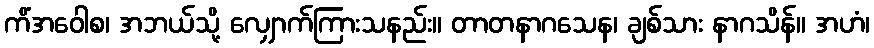
ကိံအဝေါစ၊ အဘယ်သို့ လျှောက်ကြားသနည်း။ တာတနာဂသေန၊ ချစ်သား နာဂသိန်။ အဟံ၊